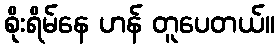
စိုးရိမ်နေ ဟန် တူပေတယ်။